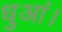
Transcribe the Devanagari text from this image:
धुआं।